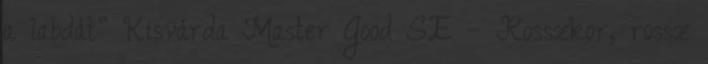
a labdát” Kisvárda Master Good SE – Rosszkor, rossz